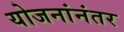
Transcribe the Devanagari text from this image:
योजनांनंतर